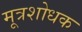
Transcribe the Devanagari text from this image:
मूत्रशोधक